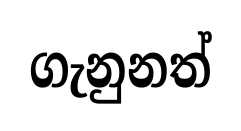
ගැනුනත්